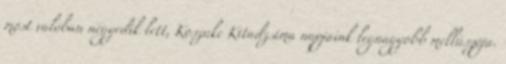
most valóban negyedik lett, Koszuke Kitadzsima napjaink legnagyobb mellúszója.